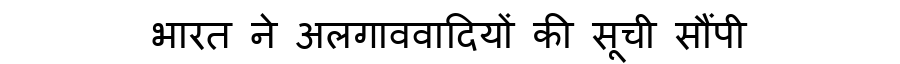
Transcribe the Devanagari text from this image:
भारत ने अलगाववादियों की सूची सौंपी